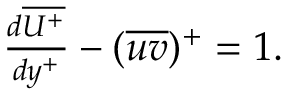
\begin{array} { r } { \frac { d \overline { { U ^ { + } } } } { d y ^ { + } } - ( \overline { { u v } } ) ^ { + } = 1 . } \end{array}